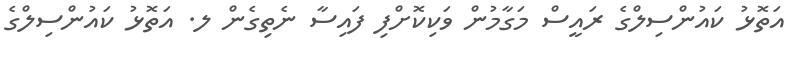
އަތޮޅު ކައުންސިލްގެ ރައީސް މަގާމުން ވަކިކޮށްފި ފައިސާ ނެތިގެން ލ. އަތޮޅު ކައުންސިލްގެ